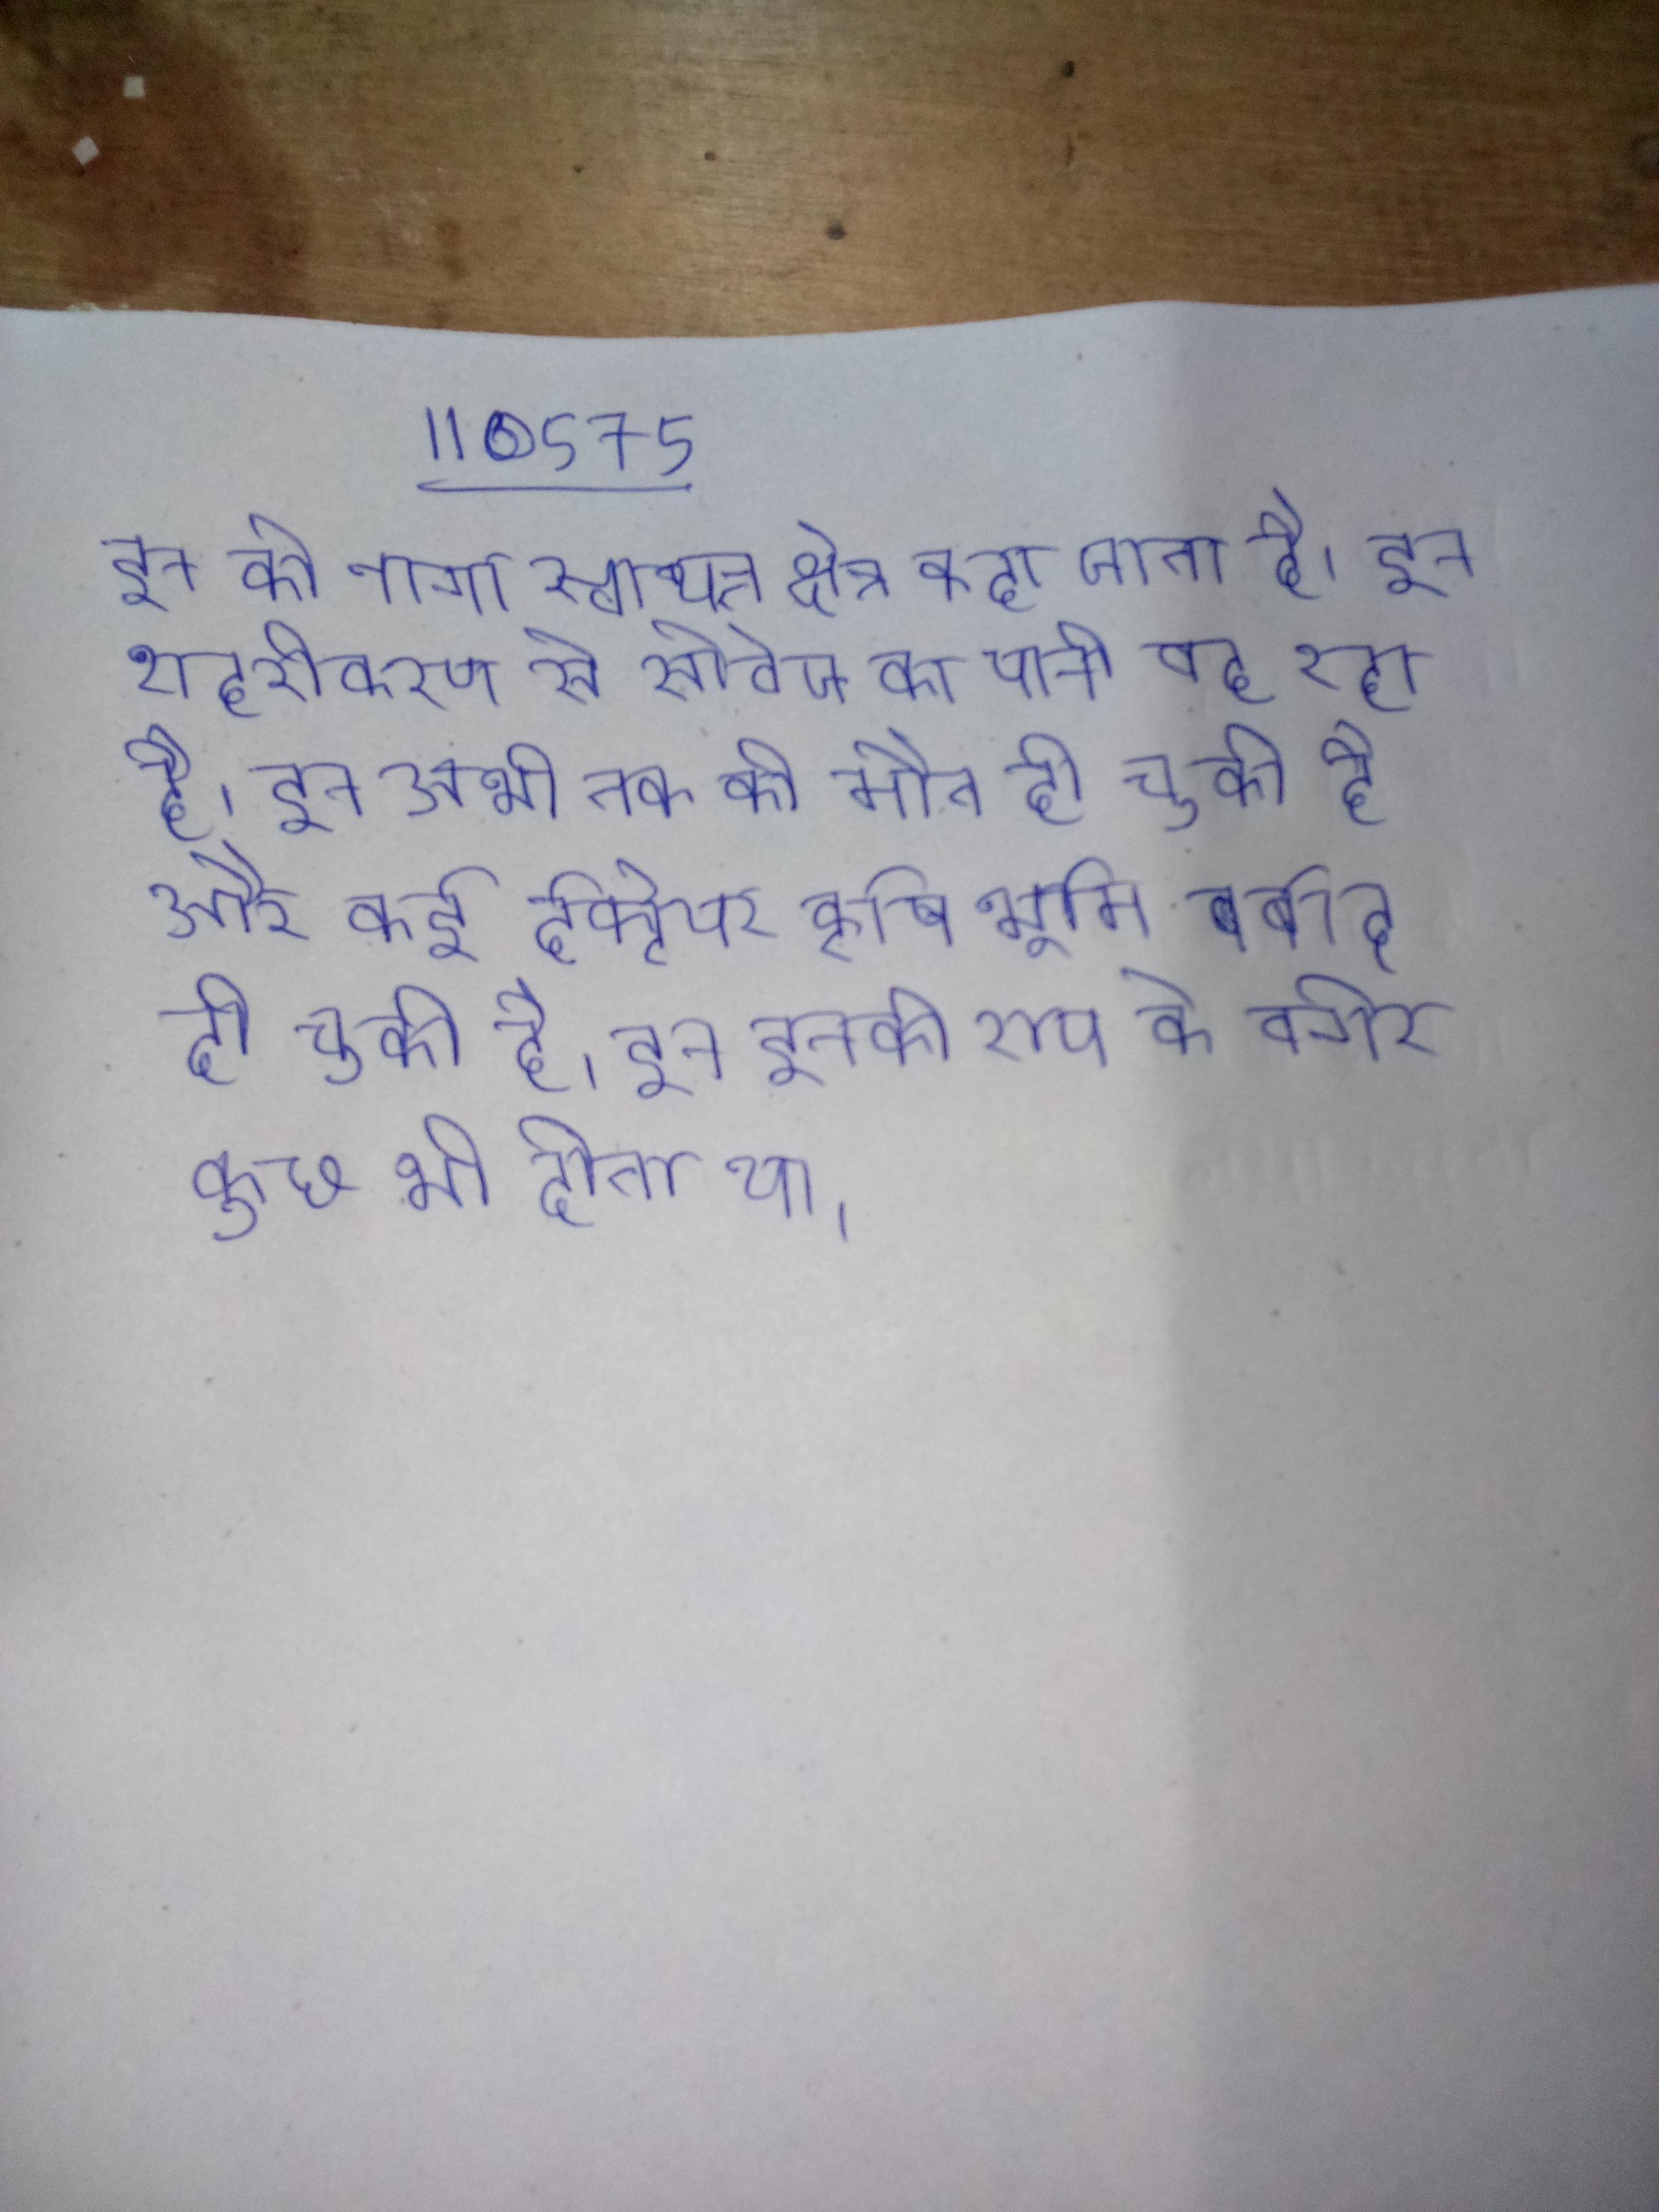
इन को नागा स्वायत्त क्षेत्र कहा जाता है । इन शहरीकरण से सीवेज का पानी बह रहा है । इन अभी तक की मौत हो चुकी है और कई हेक्टेयर कृषि भूमि बर्बाद हो चुकी है । इन इनकी राय के बगैर कुछ भी होता था ।